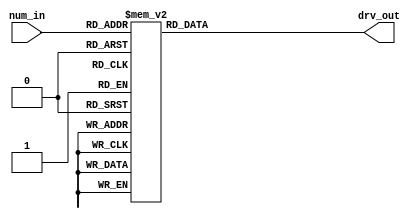
module seg7dev(
    num_in,
    drv_out
);

input [3:0]num_in;
output [6:0]drv_out;

reg [6:0]drv_out;

initial begin
  drv_out <= 8'h00;
end

always begin
  case(num_in)
    4'b0001: drv_out <= 7'b1111001;
    4'b0010: drv_out <= 7'b0100100;
    4'b0011: drv_out <= 7'b0110000;
    4'b0100: drv_out <= 7'b0011001;
    4'b0101: drv_out <= 7'b0010010;
    4'b0110: drv_out <= 7'b0000010;
    4'b0111: drv_out <= 7'b1111000;
    4'b1000: drv_out <= 7'b0000000;
    4'b1001: drv_out <= 7'b0010000;
    4'b1010: drv_out <= 7'b0001000;
    4'b1011: drv_out <= 7'b0000011;
    4'b1100: drv_out <= 7'b1000110;
    4'b1101: drv_out <= 7'b0100001;
    4'b1110: drv_out <= 7'b0000110;
    4'b1111: drv_out <= 7'b0001110;
    default: drv_out <= 7'b1111111;
    endcase
end

endmodule